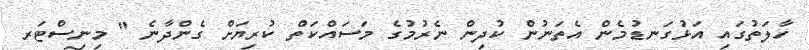
ހާލަތުގައި އަޅުގަނޑުމެން އެތަނުން ކުދިން ނެރުމުގެ މަސައްކަތް ކުރިޔަށް ގެންދާނެ " މިނިސްޓަރ